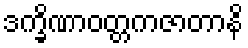
ဒက္ခိဏာဝတ္တကဇာတာနိ